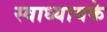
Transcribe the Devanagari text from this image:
स्‍वाध्‍यायके